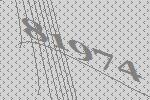
81974